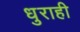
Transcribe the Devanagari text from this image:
धुराही